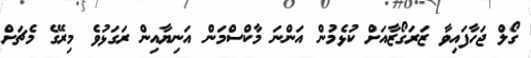
ގޯލް ޖަހާފައިވާ ޒަރަގޯޒާއަށް ކުޅެމުން އަންނަ މާކްސްމަން އަނިޔާއިން ރަގަޅުވެ މިރޭގެ މެޗަށް